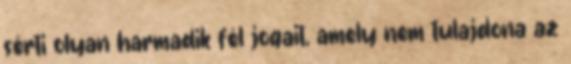
sérti olyan harmadik fél jogait, amely nem tulajdona az